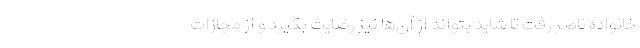
خانواده ناصر رفت تا شاید بتواند از آن‌ها نیز رضایت بگیرد و از مجازات